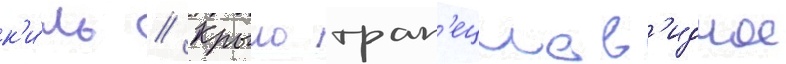
к'и́ль // Крыло трап'ециев'идное